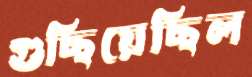
গুছিয়েছিল